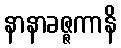
နာနာခဇ္ဇကာနိ